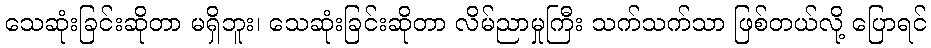
သေဆုံးခြင်းဆိုတာ မရှိဘူး၊ သေဆုံးခြင်းဆိုတာ လိမ်ညာမှုကြီး သက်သက်သာ ဖြစ်တယ်လို့ ပြောရင်